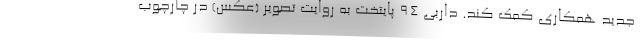
جدید همکاری کمک کند. داربی ۹۴ پایتخت به روایت تصویر (عکس) در چارچوب